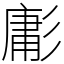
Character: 㣑